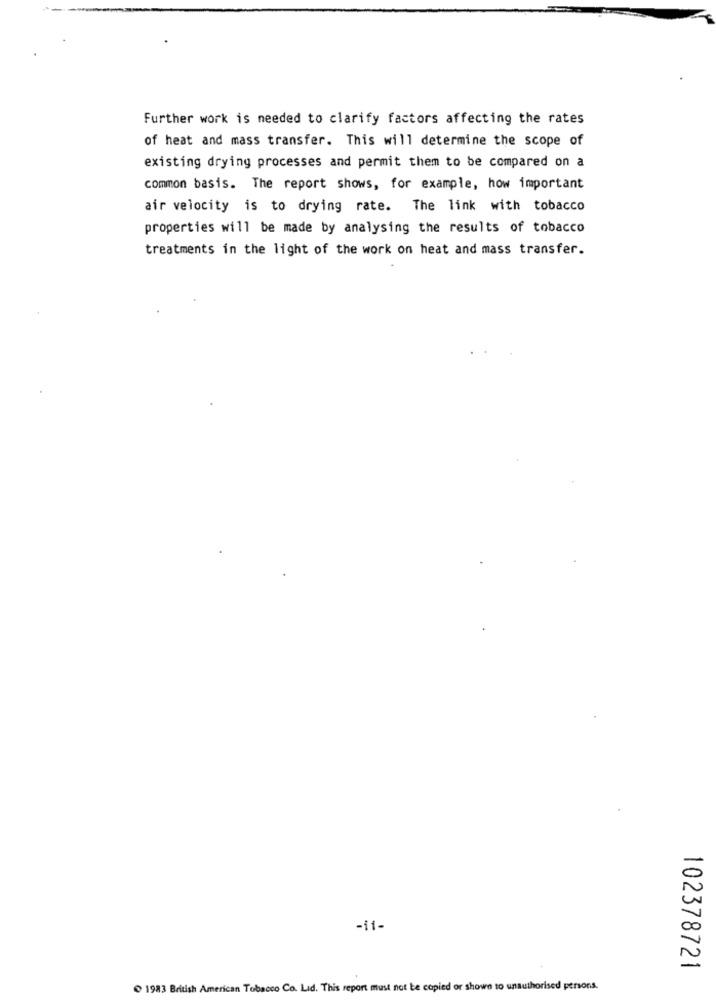
Further work is needed to clarify factors affecting the rates
of heat and mass transfer. This will determine the scope of
existing drying processes and permit them to be compared on a
common basis. The report shows, for example, how important
air velocity is to drying rate. The link with tobacco
properties will be made by analysing the results of tobacco
treatments in the light of the work on heat and mass transfer.
-i1-
102378721
1983 British American Tobacco Co. Lid. This report must not be copied or shows to unauthorised persons.